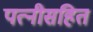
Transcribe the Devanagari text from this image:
पत्नीसहित